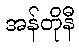
အန်တိုနီ